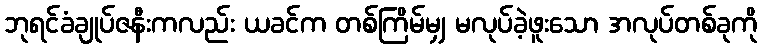
ဘုရင်ခံချုပ်ဇနီးကလည်း ယခင်က တစ်ကြိမ်မျှ မလုပ်ခဲ့ဖူးသော အလုပ်တစ်ခုကို